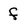
Character: f